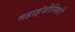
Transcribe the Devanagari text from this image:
महाइंजीनियरी